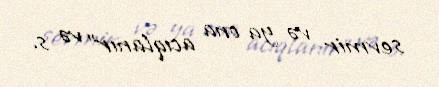
sevmir və ya ona acıqlanır” və s.